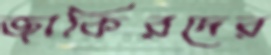
জাকিরদের